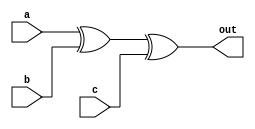
module xor_gate(a,b,c,out);
    input a,b,c;
    output out;

    assign out = (a ^ b ^ c);
endmodule